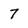
Character: 7